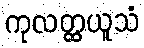
ကုလတ္ထယူသံ